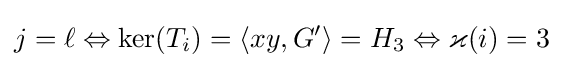
j=\ell \Leftrightarrow \ker(T_{i})=\langle xy,G'\rangle =H_{3}\Leftrightarrow \varkappa (i)=3